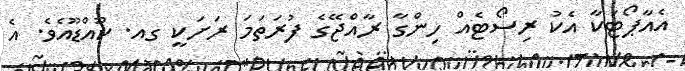
އެއާޕޯޓަކާ އެކު ރިސޯޓެއް ހިންގާ ރާއްޖޭގެ ފުރަތަމަ ރަށަކީ ގއ. ކޫއްޑޫއެވެ. އެ